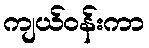
ကျယ်ဝန်းကာ